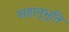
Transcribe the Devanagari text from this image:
सहानूभूति